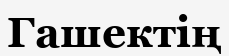
Гашектің